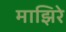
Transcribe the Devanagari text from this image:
माझिरे